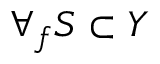
\forall _ { f } S \subset Y